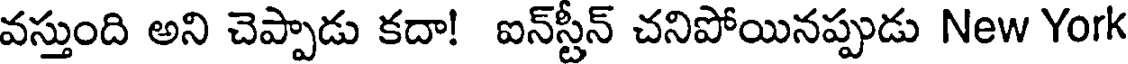
వస్తుంది అని చెప్పాడు కదా! ఐన్స్టీన్ చనిపోయినప్పుడు New York